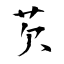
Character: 芡